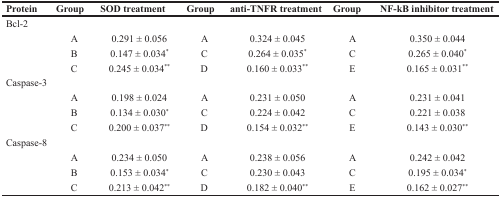
<table><thead><tr><td><b>Protein</b></td><td><b>Group</b></td><td><b>SOD treatment</b></td><td><b>Group</b></td><td><b>anti-TNFR treatment</b></td><td><b>Group</b></td><td><b>NF-kB inhibitor treatment</b></td></tr></thead><tbody><tr><td>Bcl-2</td><td></td><td></td><td></td><td></td><td></td><td></td></tr><tr><td></td><td>A</td><td>0.291 ± 0.056</td><td>A</td><td>0.324 ± 0.045</td><td>A</td><td>0.350 ± 0.044</td></tr><tr><td></td><td>B</td><td>0.147 ± 0.034<sup>*</sup></td><td>C</td><td>0.264 ± 0.035<sup>*</sup></td><td>C</td><td>0.265 ± 0.040<sup>*</sup></td></tr><tr><td></td><td>C</td><td>0.245 ± 0.034<sup>**</sup></td><td>D</td><td>0.160 ± 0.033<sup>**</sup></td><td>E</td><td>0.165 ± 0.031<sup>**</sup></td></tr><tr><td>Caspase-3</td><td></td><td></td><td></td><td></td><td></td><td></td></tr><tr><td></td><td>A</td><td>0.198 ± 0.024</td><td>A</td><td>0.231 ± 0.050</td><td>A</td><td>0.231 ± 0.041</td></tr><tr><td></td><td>B</td><td>0.134 ± 0.030<sup>*</sup></td><td>C</td><td>0.224 ± 0.042</td><td>C</td><td>0.221 ± 0.038</td></tr><tr><td></td><td>C</td><td>0.200 ± 0.037<sup>**</sup></td><td>D</td><td>0.154 ± 0.032<sup>**</sup></td><td>E</td><td>0.143 ± 0.030<sup>**</sup></td></tr><tr><td>Caspase-8</td><td></td><td></td><td></td><td></td><td></td><td></td></tr><tr><td></td><td>A</td><td>0.234 ± 0.050</td><td>A</td><td>0.238 ± 0.056</td><td>A</td><td>0.242 ± 0.042</td></tr><tr><td></td><td>B</td><td>0.153 ± 0.034<sup>*</sup></td><td>C</td><td>0.230 ± 0.043</td><td>C</td><td>0.195 ± 0.034<sup>*</sup></td></tr><tr><td></td><td>C</td><td>0.213 ± 0.042<sup>**</sup></td><td>D</td><td>0.182 ± 0.040<sup>**</sup></td><td>E</td><td>0.162 ± 0.027<sup>**</sup></td></tr></tbody></table>